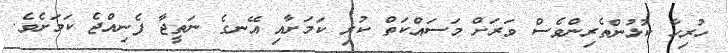
ހުރިހާ ކުޅުންތެރިންވެސް ވަރަށް މަސައްކަތް ކުރި ކަމަށާއި އޭނގެ ނަތީޖާ ފެނިއްޖެ ކަމަށެވެ.